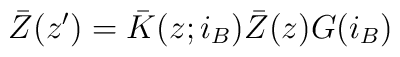
\bar{Z}(z^{\prime})=\bar{K}(z;i_{B})\bar{Z}(z)G(i_{B})